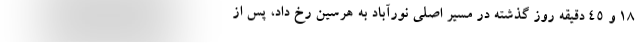
۱۸ و ۴۵ دقیقه روز گذشته در مسیر اصلی نورآباد به هرسین رخ داد، پس از